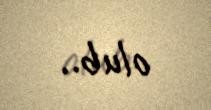
olub..